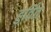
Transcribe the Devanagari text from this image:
हुर्वित